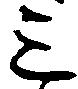
三